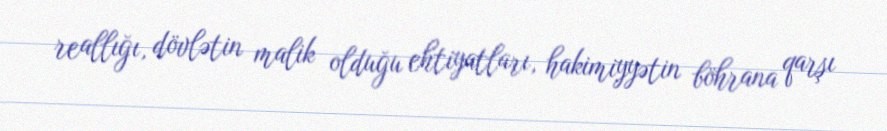
reallığı, dövlətin malik olduğu ehtiyatları, hakimiyyətin böhrana qarşı